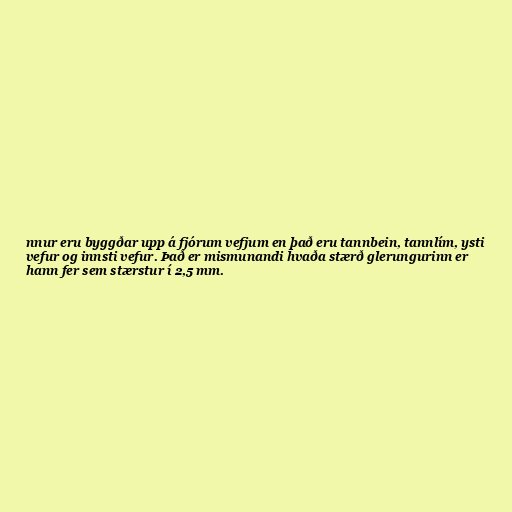
nnur eru byggðar upp á fjórum vefjum en það eru tannbein, tannlím, ysti
vefur og innsti vefur. Það er mismunandi hvaða stærð glerungurinn er
hann fer sem stærstur í 2,5 mm.